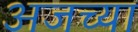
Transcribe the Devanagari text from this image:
अजच्या